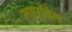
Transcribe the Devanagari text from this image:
मापपिंग